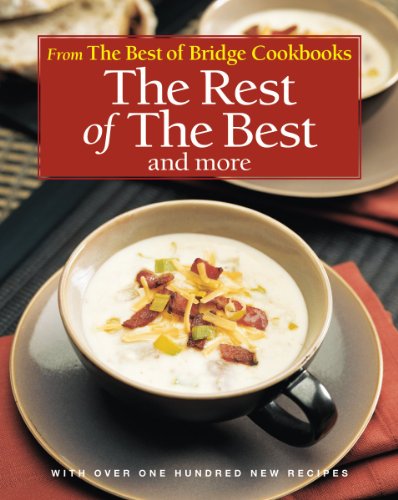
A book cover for The Rest of the Best and More (The Best of Bridge); The Editors of Best of Bridge; Cookbooks, Food & Wine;